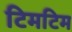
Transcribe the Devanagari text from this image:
टिमटिम